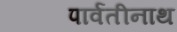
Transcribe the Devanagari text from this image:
पार्वतीनाथ